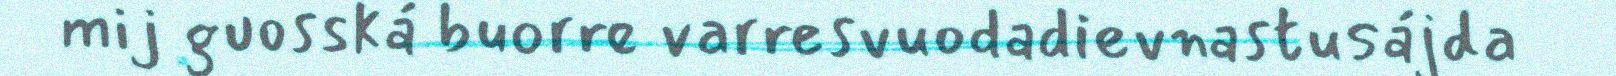
mij guosská buorre varresvuodadievnastusájda